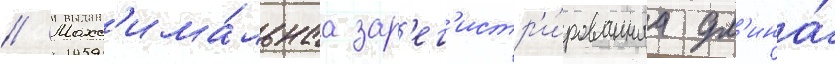
// Макс'има́льнаа зар'ег'истр'и́рованнаа дл'ина́